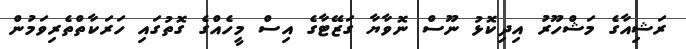
ރަޝިއާގެ މަޝްހޫރު އިދިކޮޅު ނޫސް ނޮވާޔާ ގަޒޭޓާގެ އިސް މީހެއްގެ ގޮތުގައި ހަރަކާތްތެރިވަމުން